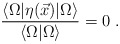
\begin{align*}\frac {\langle \Omega| \eta(\vec{x})|\Omega\rangle} {\langle \Omega|\Omega \rangle} =0 \; .\end{align*}